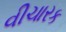
વીચારક